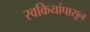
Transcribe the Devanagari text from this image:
स्वकियांपासून